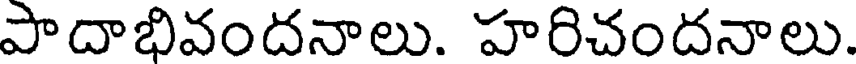
పాదాభివందనాలు. హరిచందనాలు.